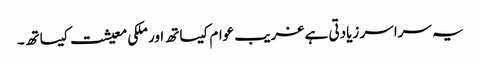
یہ سراسر زیادتی ہے غریب عوام کیساتھ اور ملکی معیشت کیساتھ۔